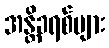
အန္တိခရစ်များ